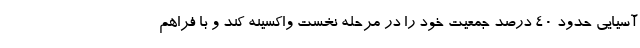
آسیایی حدود ۴۰ درصد جمعیت خود را در مرحله نخست واکسینه کند و با فراهم